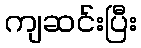
ကျဆင်းပြီး